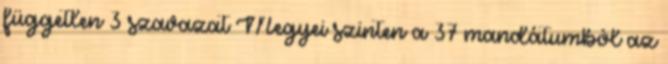
független 3 szavazat Megyei szinten a 37 mandátumból az